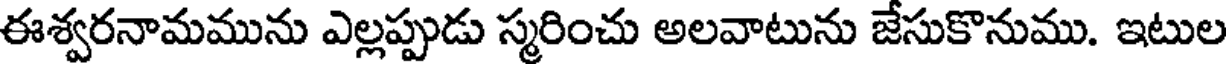
ఈశ్వరనామమును ఎల్లప్పుడు స్మరించు అలవాటును జేసుకొనుము. ఇటుల